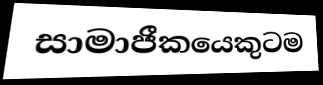
සාමාජීකයෙකුටම